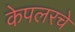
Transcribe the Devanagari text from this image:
केपलरचे